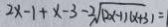
2 x - 1 + x - 3 - 2 \sqrt { ( 2 x - 1 ) ( x + 3 ) } = 1